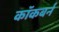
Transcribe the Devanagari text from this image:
काॅकबर्न